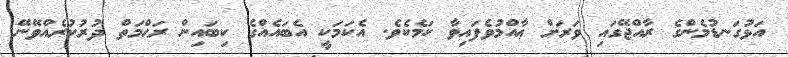
އަޅުގަނޑުމެންގެ ރާއްޖޭގައި ވަރަށް ޢާއްމުވެފައިވާ ކަމެކެވެ. އެކަމަކީ އެބައެއްގެ ކިބައިން ރަޙްމަތް ދުރުކުރެއްވޭނޭ